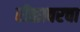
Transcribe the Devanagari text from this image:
रीळावरचा